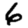
Digit: 6